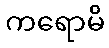
ကရောမိ